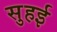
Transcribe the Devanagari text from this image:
सुहई